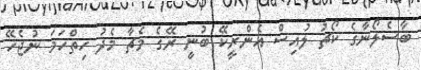
ބާސެލޯނާގެ ކޯޗު ލުއިސް އެންރީކޭ ބުނީ ރޭގެ މެޗާ މެދު ހިތްހަމަ ނުޖެހޭ